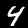
Digit: 4